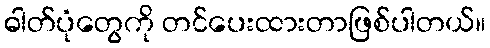
ဓါတ်ပုံတွေကို တင်ပေးထားတာဖြစ်ပါတယ်။